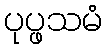
ပုပ္ဖသမံ